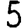
Digit: 5